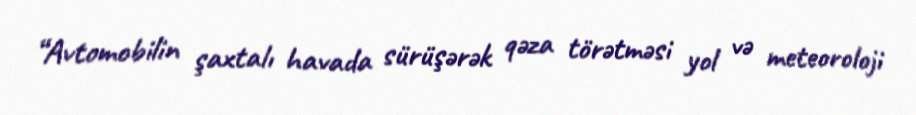
“Avtomobilin şaxtalı havada sürüşərək qəza törətməsi yol və meteoroloji